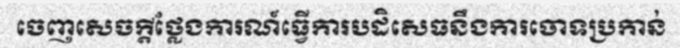
ចេញសេចក្តីថ្លែងការណ៍ធ្វើការបដិសេធនឹងការចោទប្រកាន់